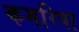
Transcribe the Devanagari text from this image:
कमरिपा